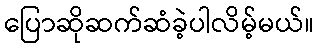
ပြောဆိုဆက်ဆံခဲ့ပါလိမ့်မယ်။